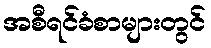
အစီရင်ခံစာများတွင်